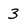
Character: 3